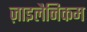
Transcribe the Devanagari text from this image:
ज़ाइलैनिकम